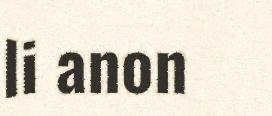
li anon